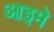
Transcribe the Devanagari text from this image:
आइमे